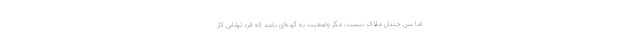
اما سن چندان ملاک نیست، مگر وضعیت به گونه‌ای باشد که فرد توانایی کار